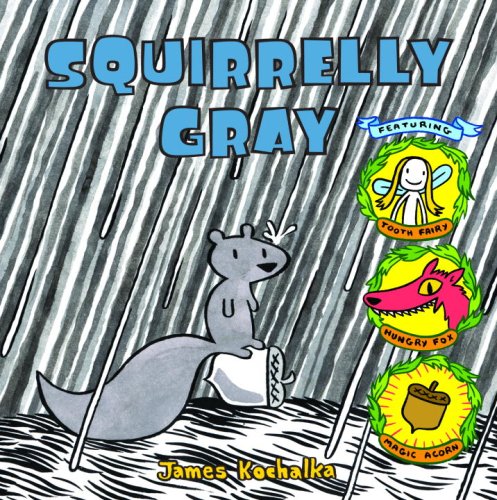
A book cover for Squirrelly Gray (Picture Book); James Kochalka; Children's Books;